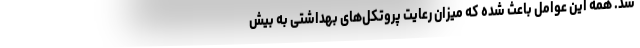
شد. همه این عوامل باعث شده که میزان رعایت پروتکل‌های بهداشتی به بیش